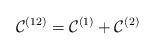
LaTeX: \begin{align*} \mathcal{C}^{(12)} = \mathcal{C}^{(1)} + \mathcal{C}^{(2)}\end{align*}